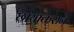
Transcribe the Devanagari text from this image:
छायांकराने